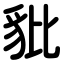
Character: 豼